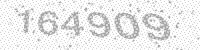
Solution: 164909